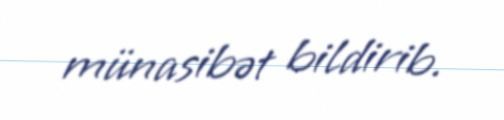
münasibət bildirib.